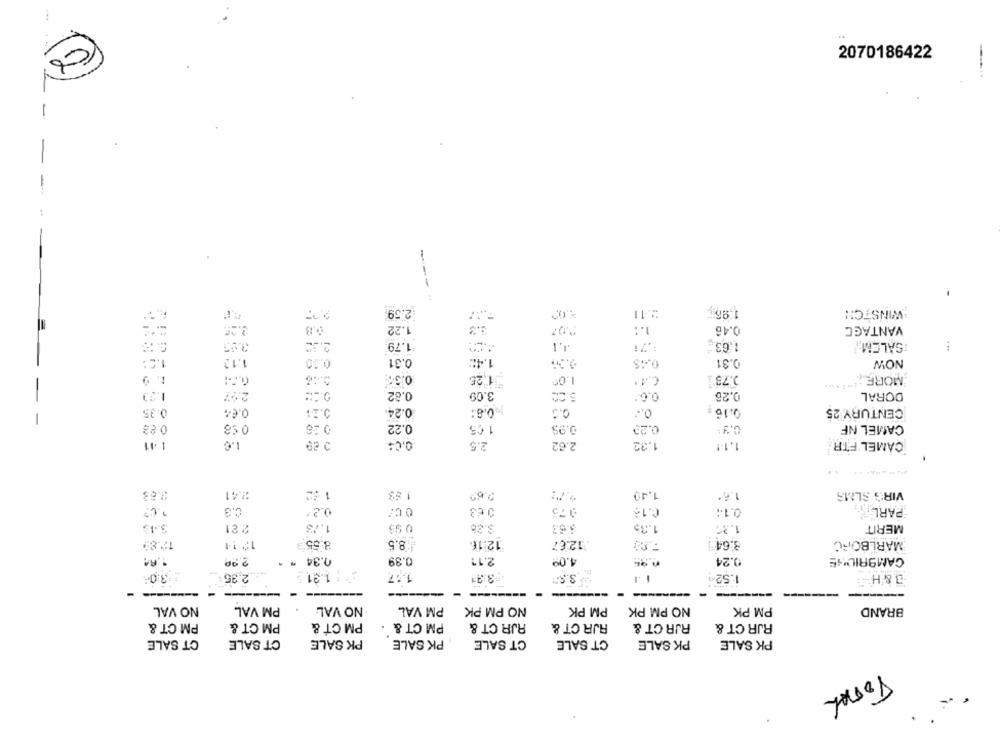
2070186422
-
2.59
2.11
1.96
WINSTCH!
3,13
1.22
1 .:
0.46
VANTACC
1.63.
2.32
1.79
:. 71
:SALEM
1.13
0.30
0.31
1.4%
0.31
NOW
-
1. 9
0.3%
-1,26
1.00
2.73 1
MORE
1.33
0.82
3.09
0.6.º
0.26
DORAL
3.21
NO.8:
0.5
0 .-
CENTURY 25
0:35
0.24
0.16
0.28
0
0.22
1 05
3.95
0.22
CAMEL NF
41
1.0
0,04
2.5
2.62
1.32
1.1.1
CAMEL FTR
2.63
2.41
1 83
1.40
1.6.
VIRG SLMS
C.3
0.2"
0 63
375
C.16
0.1++
PARL ..
221
1.13
3.6.3
1.35
1.37
MERIT
12.89
12 14
8:55
8.5
12.16
12.67
8.64
MARLBORC
2.17
0.24
CAMBRIDNS
1.84
2.20
0.34 * *
0.39
4.0º
:: 1.21
:3:04
2,35
1,57
$3.50
1.524
3 &H
-
-
NO VAL
PM VAL
NO VAL
PM VAL
NO PM PK
PM PK
NO PM PK
PM PK
BRAND
PM CT &
PM CT &
PM CT &
RJR CT &
PM CT &
AJR CT &
RJR CT &
RJR CT &
CT SALE
CT SALE
PK SALE
PK SALE
CT SALE
CT SALE
PK SALE
PK SALE
TOTAL